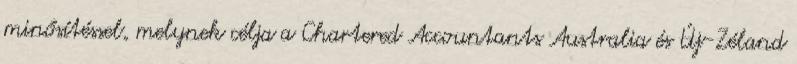
minősítéssel, melynek célja a Chartered Accountants Australia és Új-Zéland